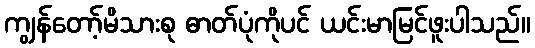
ကျွန်တော့်မိသားစု ဓာတ်ပုံကိုပင် ယင်းမာမြင်ဖူးပါသည်။